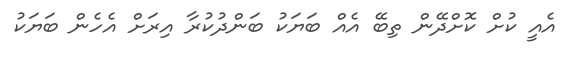
އެއީ ކުށް ކޮށްދޭން ތިބޭ އެއް ބަޔަކު ބަންދުކުރާ އިރަށް އެހެން ބަޔަކު